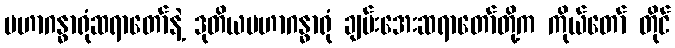
မဟာဂန္ဓာရုံဆရာတော်နဲ့ ဒုတိယမဟာဂန္ဓာရုံ ချမ်းအေးဆရာတော်တို့က ကိုယ်တော် တိုင်